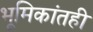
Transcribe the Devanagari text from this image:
भूमिकांतही